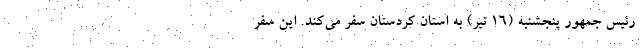
رئیس جمهور پنجشنبه (۱۶ تیر) به استان کردستان سفر می‌کند. این سفر